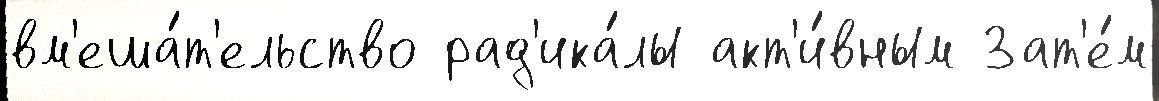
вм'еша́т'ельство рад'ика́лы акт'и́вным Зат'е́м